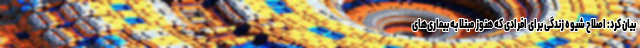
بیان کرد: اصلاح شیوه زندگی برای افرادی که هنوز مبتلا به بیماری‌های